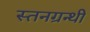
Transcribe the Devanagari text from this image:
स्तनग्रन्थी